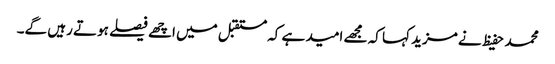
محمد حفیظ نے مزید کہا کہ مجھے امید ہے کہ مستقبل میں اچھے فیصلے ہوتے رہیں گے۔